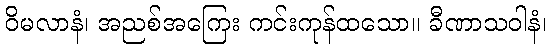
ဝိမလာနံ၊ အညစ်အကြေး ကင်းကုန်ထသော။ ခီဏာသဝါနံ၊